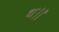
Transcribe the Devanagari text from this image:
थ।।